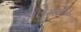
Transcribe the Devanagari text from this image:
अलमगीर